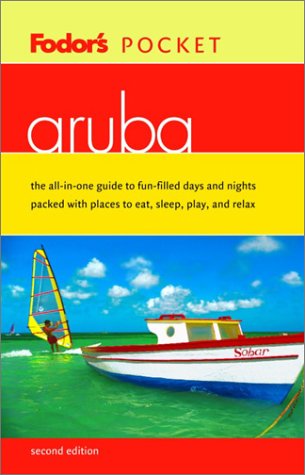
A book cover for Fodor's Pocket Aruba (2nd Edition); Fodor's; Travel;